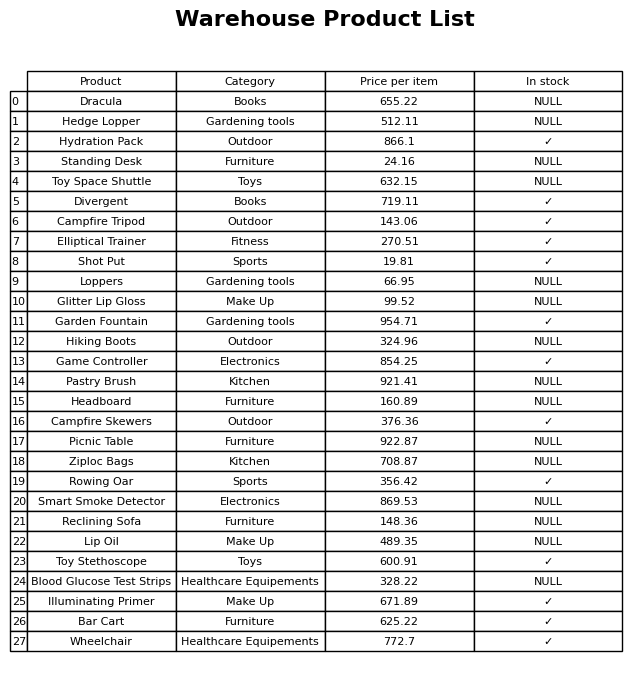
question: What is the stock status of the Hiking Boots?
answer: NULL